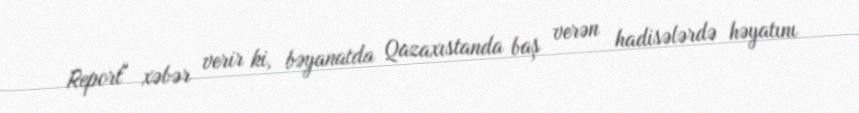
Report" xəbər verir ki, bəyanatda Qazaxıstanda baş verən hadisələrdə həyatını